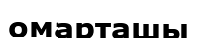
омарташы